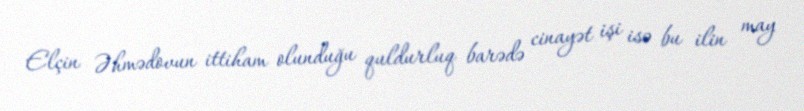
Elçin Əhmədovun ittiham olunduğu quldurluq barədə cinayət işi isə bu ilin may